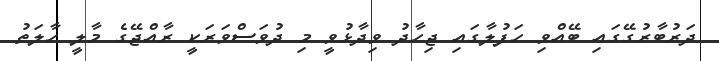
ދަރުބާރުގޭގައި ބޭއްވި ހަފުލާގައި ޖިހާދު ވިދާޅުވީ މި ދުވަސްވަރަކީ ރާއްޖޭގެ މާލީ ހާލަތު